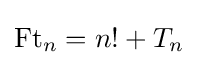
\operatorname {Ft} _{n}=n!+T_{n}